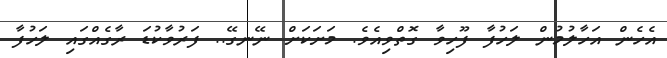
އެހެން އަހާލުމުން ލަހުފާ ފޫހިވާ ގޮތްވިއެވެ. މަށަކަށް ނޭނގޭ.. ފަރުވާކުޑަ ރާގެއްގައި ލަހުފާ